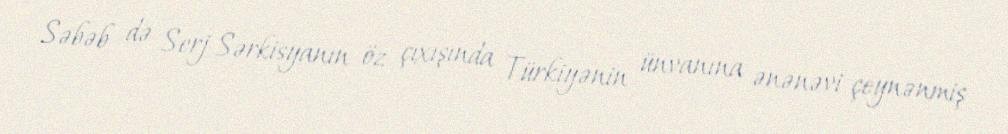
Səbəb də Serj Sərkisyanın öz çıxışında Türkiyənin ünvanına ənənəvi çeynənmiş